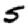
Digit: 5